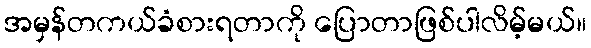
အမှန်တကယ်ခံစားရတာကို ပြောတာဖြစ်ပါလိမ့်မယ်။